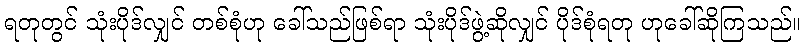
ရတုတွင် သုံးပိုဒ်လျှင် တစ်စုံဟု ခေါ်သည်ဖြစ်ရာ သုံးပိုဒ်ဖွဲ့ဆိုလျှင် ပိုဒ်စုံရတု ဟုခေါ်ဆိုကြသည်။